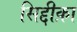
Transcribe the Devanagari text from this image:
सिद्दीक़ा